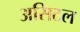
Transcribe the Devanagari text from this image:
असिटल